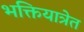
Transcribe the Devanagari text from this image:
भक्तियात्रेत